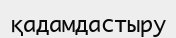
қадамдастыру